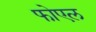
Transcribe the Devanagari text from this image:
फोएल